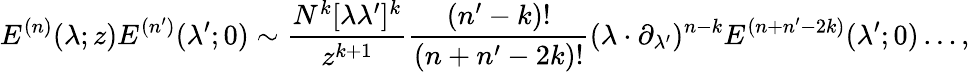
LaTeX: E^{(n)}(\lambda;z)E^{(n^{\prime})}(\lambda^{\prime};0)\sim\frac{N^{k}[\lambda\lambda^{\prime}]^{k}}{z^{k+1}}\frac{(n^{\prime}-k)!}{(n+n^{\prime}-2k)!}(\lambda\cdot\partial_{\lambda^{\prime}})^{n-k}E^{(n+n^{\prime}-2k)}(\lambda^{\prime};0)\dots,